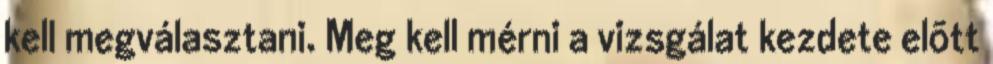
kell megválasztani. Meg kell mérni a vizsgálat kezdete elõtt